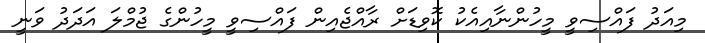
މިއަދު ފައްސިވީ މީހުންނާއިއެކު ކޮވިޑަށް ރާއްޖެއިން ފައްސިވީ މީހުންގެ ޖުމްލަ އަދަދު ވަނީ